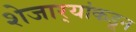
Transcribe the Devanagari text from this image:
शेजार्‍यांकडून